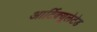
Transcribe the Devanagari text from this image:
आर्टिक्यूलेटेड